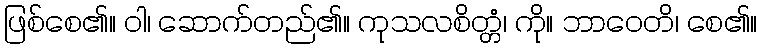
ဖြစ်စေ၏။ ဝါ၊ ဆောက်တည်၏။ ကုသလစိတ္တံ၊ ကို။ ဘာဝေတိ၊ စေ၏။